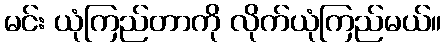
မင်း ယုံကြည်တာကို လိုက်ယုံကြည်မယ်။